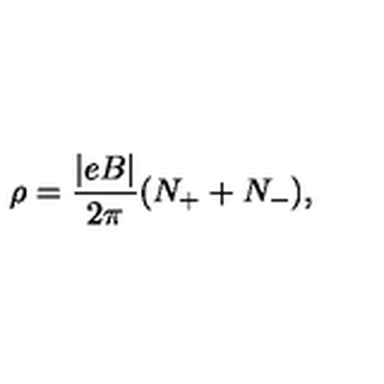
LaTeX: \rho = \frac { | e B | } { 2 \pi } ( N _ { + } + N _ { - } ) ,